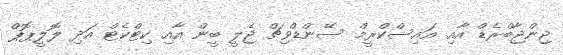
ޖިންޖާބްރެޑް އާއި އައިސްކްރީމް ސޭންޑްވިޗް ޖެލީ ބީން އާއި ކިޓްކެޓް އަދި ލޮލީޕޮޕް